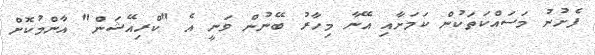
ފެށުނު މަސައްކަތަކުން ކަމަށާއި އޭނާ މިހާރު ބޭނުން ވަނީ އެ "ކްރިއޭޝަން" އާންމުކޮށް